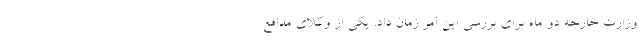
وزارت خارجه دو ماه برای بررسی این امر زمان داد. یکی از وکلای مدافع